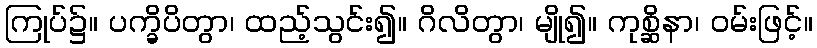
ကြုပ်၌။ ပက္ခိပိတွာ၊ ထည့်သွင်း၍။ ဂိလိတွာ၊ မျို၍။ ကုစ္ဆိနာ၊ ဝမ်းဖြင့်။